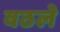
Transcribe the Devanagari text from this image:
वठले